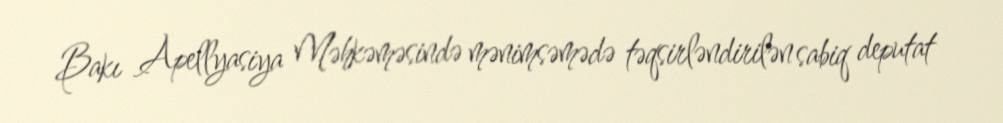
Bakı Apellyasiya Məhkəməsində mənimsəmədə təqsirləndirilən sabiq deputat